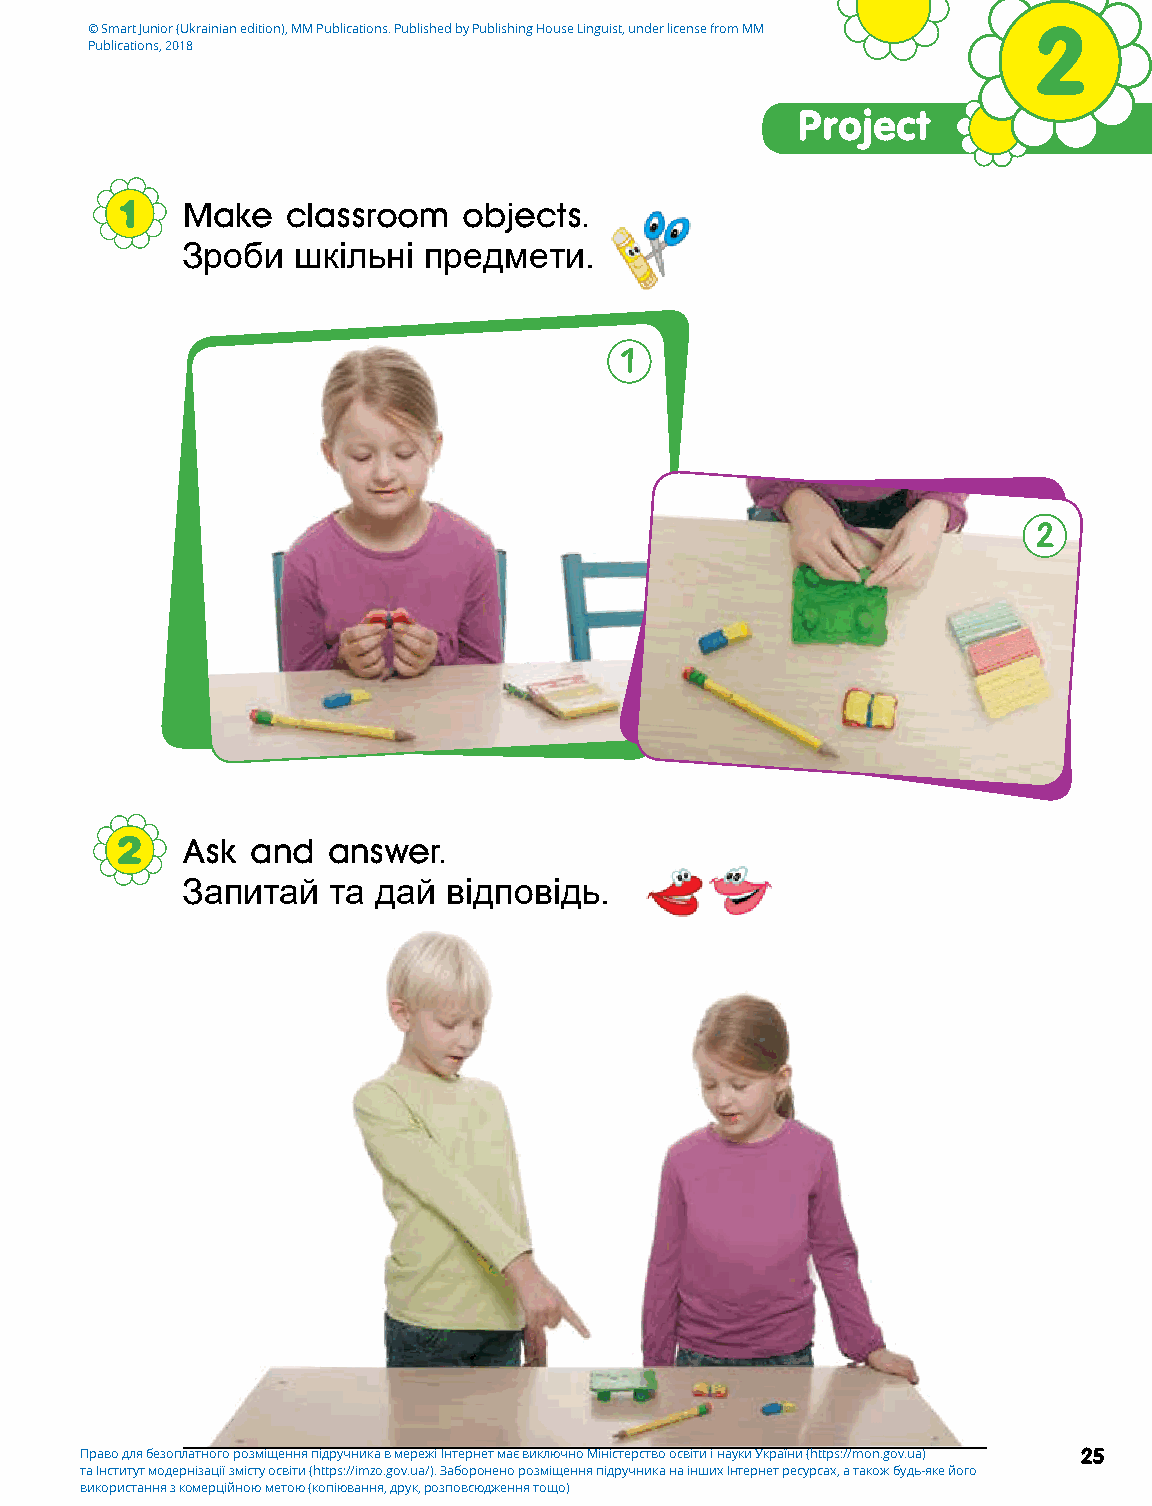
© Smart Junior (Ukrainian edition), MM Publications. Published by Publishing House Linguist, under license from MM 2
 Publications, 2018
 Project
 1   Make   classroom   objects.
 Зроби  шкільні  предмети.
 1
 2
 2   Ask  and  answer.
 Запитай   та дай  відповідь.
 Право для безоплатного розміщення підручника в мережі Інтернет має виключно Міністерство освіти і науки України (https://mon.gov.ua) 25
 та Інститут модернізації змісту освіти (https://imzo.gov.ua/). Заборонено розміщення підручника на інших Інтернет ресурсах, а також будь-яке його
 використання з комерційною метою (копіювання, друк, розповсюдження тощо)